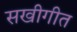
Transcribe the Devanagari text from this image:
सखीगीत